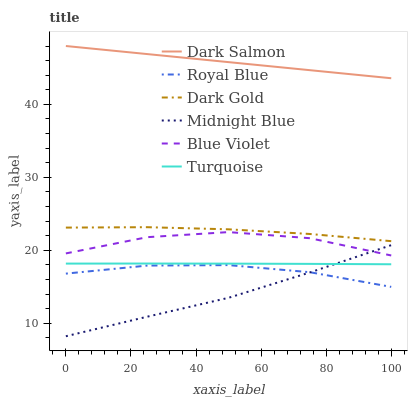
| xaxis_label | Dark Salmon | Royal Blue | Dark Gold | Midnight Blue | Blue Violet | Turquoise |
 | --- | --- | --- | --- | --- | --- | --- |
 | 0 | 48 | 16.8 | 23.1 | 8.23 | 19.6 | 18.2 |
 | 25 | 46.9 | 17.9 | 23.2 | 10.9 | 21.8 | 18.2 |
 | 50 | 45.8 | 18 | 22.9 | 13.5 | 22.5 | 18.2 |
 | 75 | 44.7 | 17 | 22.2 | 17 | 21.7 | 18.1 |
 | 100 | 43.6 | 15 | 21.3 | 20.7 | 19.3 | 18.1 |